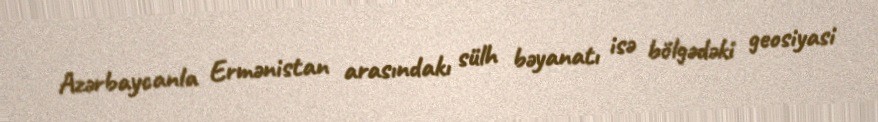
Azərbaycanla Ermənistan arasındakı sülh bəyanatı isə bölgədəki geosiyasi